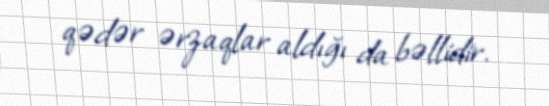
qədər ərzaqlar aldığı da bəllidir.